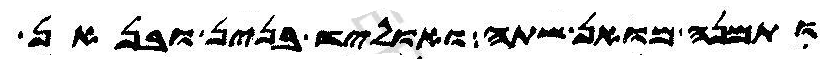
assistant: ותמנה מואן שתה ואוליד בנין ובנאן